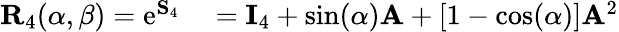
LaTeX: \begin{array}{rl}{\mathbf{R}_{4}(\alpha,\beta)=\mathrm{e}^{\mathbf{S}_{4}}}&{{}=\mathbf{I}_{4}+\sin(\alpha)\mathbf{A}+[1-\cos(\alpha)]\mathbf{A}^{2}}\end{array}